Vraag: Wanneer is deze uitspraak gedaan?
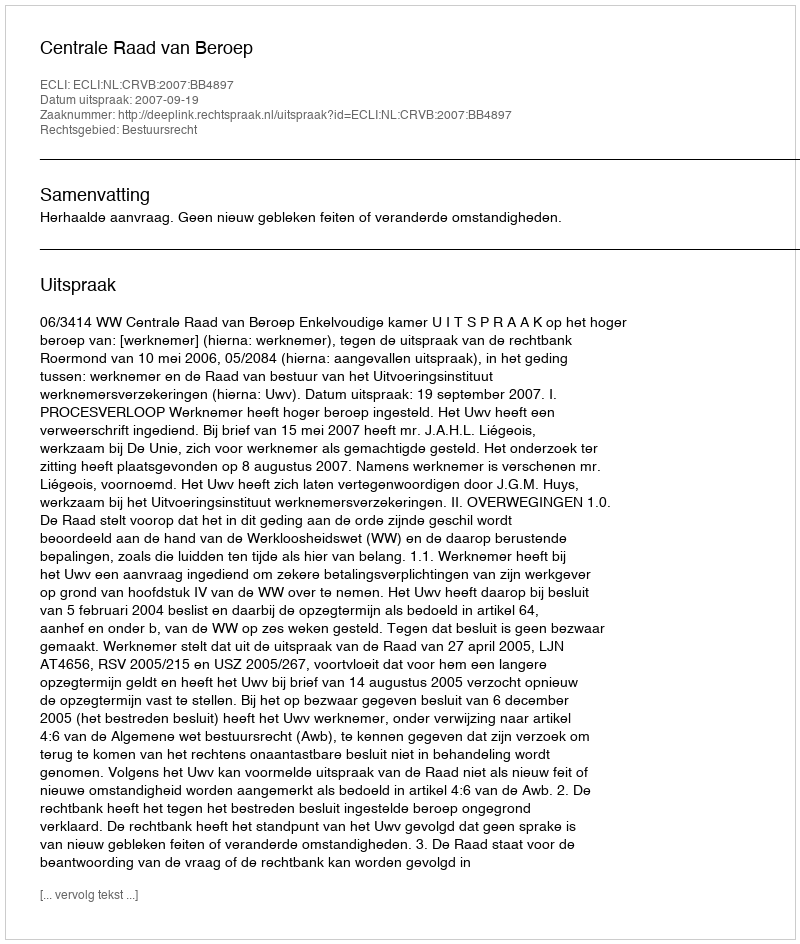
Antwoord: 2007-09-19